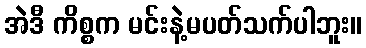
အဲဒီ ကိစ္စက မင်းနဲ့မပတ်သက်ပါဘူး။